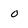
Character: O